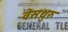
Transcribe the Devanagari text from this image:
वेसथुरु